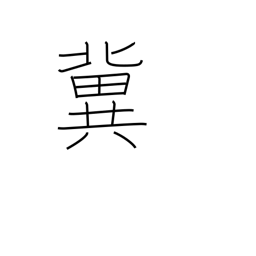
Meaning: hope for